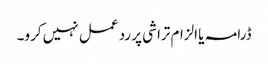
ڈرامہ یا الزام تراشی پر رد عمل نہیں کرو۔